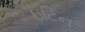
ઇટિન